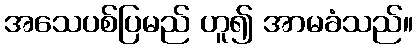
အသေပစ်ပြမည် ဟူ၍ အာမခံသည်။